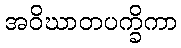
အဝိဃာတပက္ခိကာ